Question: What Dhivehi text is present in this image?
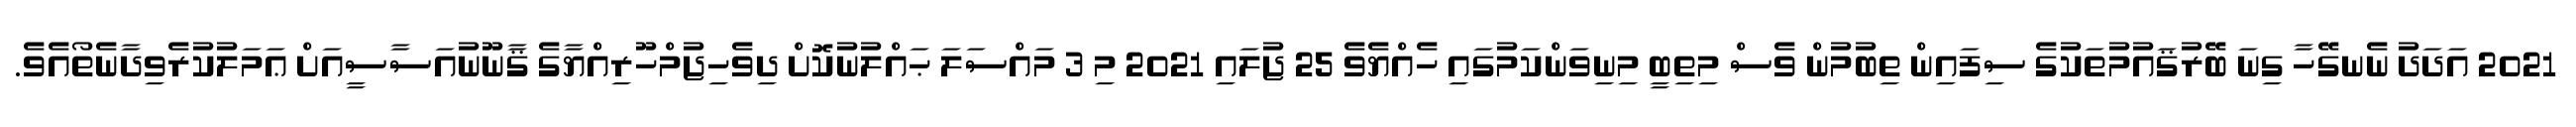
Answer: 2021 އަދަދު ނެނގޭހާ ގިނަ ބޭރުޤައުމުތަކުގެ ސިފައިން ތިބުމުން ވެސް މިތިބީ މިނިވަންކަމުގައި ހެއްޔެވެ 25 ޖުލައި 2021 މި 3 މައްސަލަ ޙައްލުނުކޮށް ދިވެހިޖުމްހޫރިއްޔާގެ ޤާނޫނުއަސާސީއަށް ޢަމަލުކުރެވިދާނެތޯއެވެ.